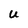
Character: U